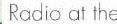
Radio at the